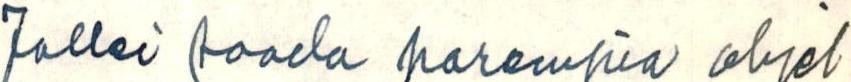
Jollei saada parempia ohjel